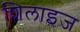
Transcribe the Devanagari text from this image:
शिलाइज